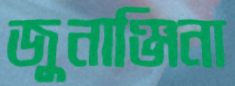
জুনাঞ্জিনা